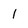
Character: K